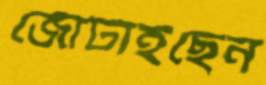
জোটাইছেন